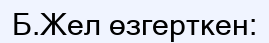
Б.Жел өзгерткен: